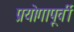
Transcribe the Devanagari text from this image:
प्रयोगापूर्वी